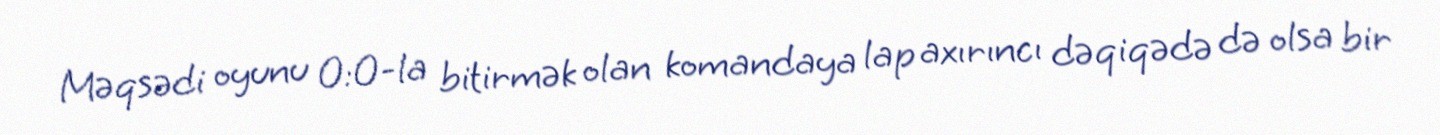
Məqsədi oyunu 0:0-la bitirmək olan komandaya lap axırıncı dəqiqədə də olsa bir